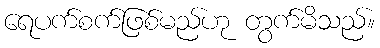
ရေပက်စက်ဖြစ်မည်ဟု တွက်မိသည်။